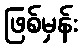
ဖြစ်မှန်း